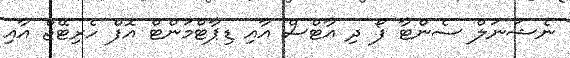
ނެޝަނަލް ސެންޓާ ފޯ ދި އާޓްސް އާއި ޑިޕާޓްމަންޓް އޮފް ހެރިޓޭޖް އާއި